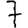
Digit: 7